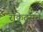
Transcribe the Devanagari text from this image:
रॉकेट्‌सचे